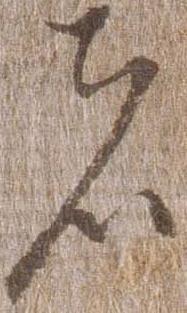
者